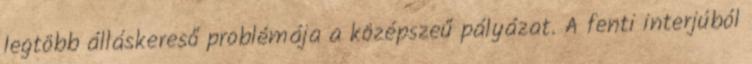
legtöbb álláskereső problémája a középszeű pályázat. A fenti interjúból